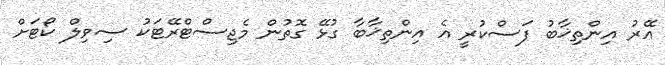
އޭރު އިންތިޚާބު ފަސްކުރީ އެ އިންތިޚާބާ ގުޅޭ ގޮތުން މެޖިސްޓްރޭޓަކު ސިވިލް ކޯޓަށް